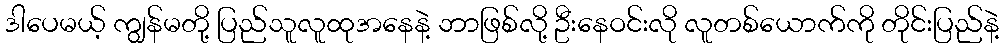
ဒါပေမယ့် ကျွန်မတို့ ပြည်သူလူထုအနေနဲ့ ဘာဖြစ်လို့ ဦးနေဝင်းလို လူတစ်ယောက်ကို တိုင်းပြည်နဲ့